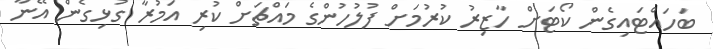
ބަހައްޓައިގެން ކޯޓަށް ހާޒިރު ކުރުމަށް ފުލުހުންގެ މައްޗަށް ކުރި އަމުރާ ގުޅިގެން އޭނާ